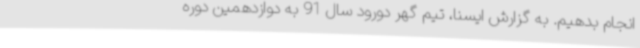
انجام بدهیم. به گزارش ایسنا، تیم گهر دورود سال 91 به دوازدهمین دوره